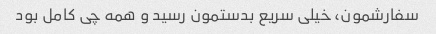
سفارشمون، خیلی سریع بدستمون رسید و همه چی کامل بود